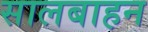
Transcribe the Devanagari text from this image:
सालबाहन